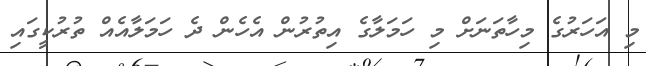
މި އަހަރުގެ މިހާތަނަށް މި ހަމަލާގެ އިތުރުން އެހެން ދެ ހަމަލާއެއް ތުރުކީގައި